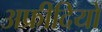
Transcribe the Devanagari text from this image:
अफ्रीदियों